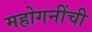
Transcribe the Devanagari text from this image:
महोगनींची